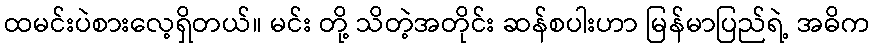
ထမင်းပဲစားလေ့ရှိတယ်။ မင်း တို့ သိတဲ့အတိုင်း ဆန်စပါးဟာ မြန်မာပြည်ရဲ့ အဓိက